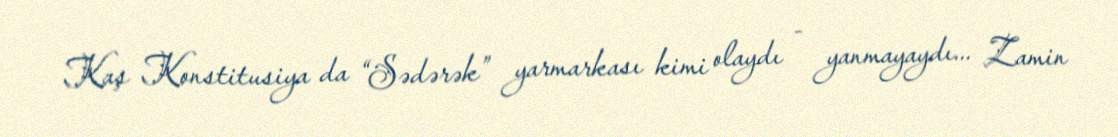
Kaş Konstitusiya da “Sədərək” yarmarkası kimi olaydı - yanmayaydı... Zamin